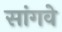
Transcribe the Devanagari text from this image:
सांगवे